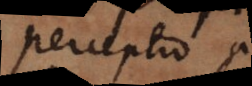
perceptio